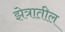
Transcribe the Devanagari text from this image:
झेत्रातील